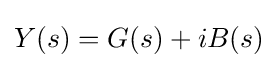
Y(s)=G(s)+iB(s)